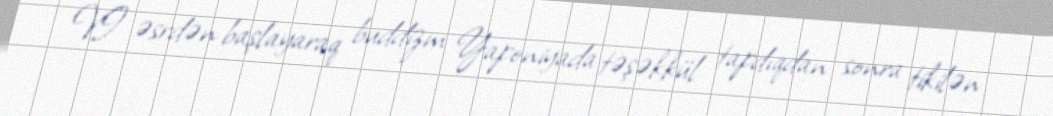
VI əsrdən başlayaraq buddizm Yaponiyada təşəkkül tapdıqdan sonra tikilən